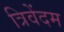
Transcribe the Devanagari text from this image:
त्रिवेंदम